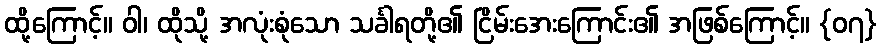
ထို့ကြောင့်။ ဝါ၊ ထိုသို့ အလုံးစုံသော သင်္ခါရတို့၏ ငြိမ်းအေးကြောင်း၏ အဖြစ်ကြောင့်။ {၀၇}